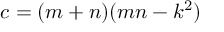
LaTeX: c = ( m + n ) ( m n - k ^ { 2 } )